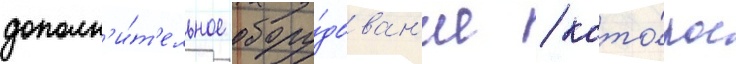
дополн'и́т'ельное обору́дован'ие / кото́рое